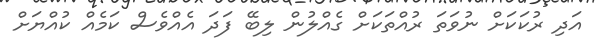
އަދި ރުކަކަށް ނުވަތަ ރުއްތަކަށް ގެއްލުން ލިބޭ ފަދަ އެއްވެސް ކަމެއް ކުއްޔަށް